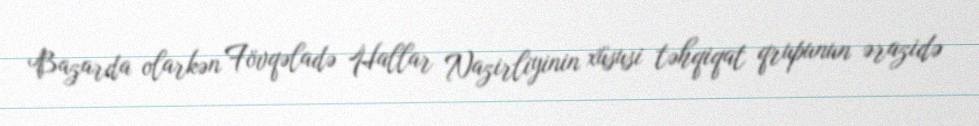
Bazarda olarkən Fövqəladə Hallar Nazirliyinin xüsusi təhqiqat qrupunun ərazidə